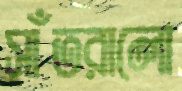
সাঁতরালো